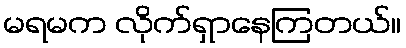
မရမက လိုက်ရှာနေကြတယ်။